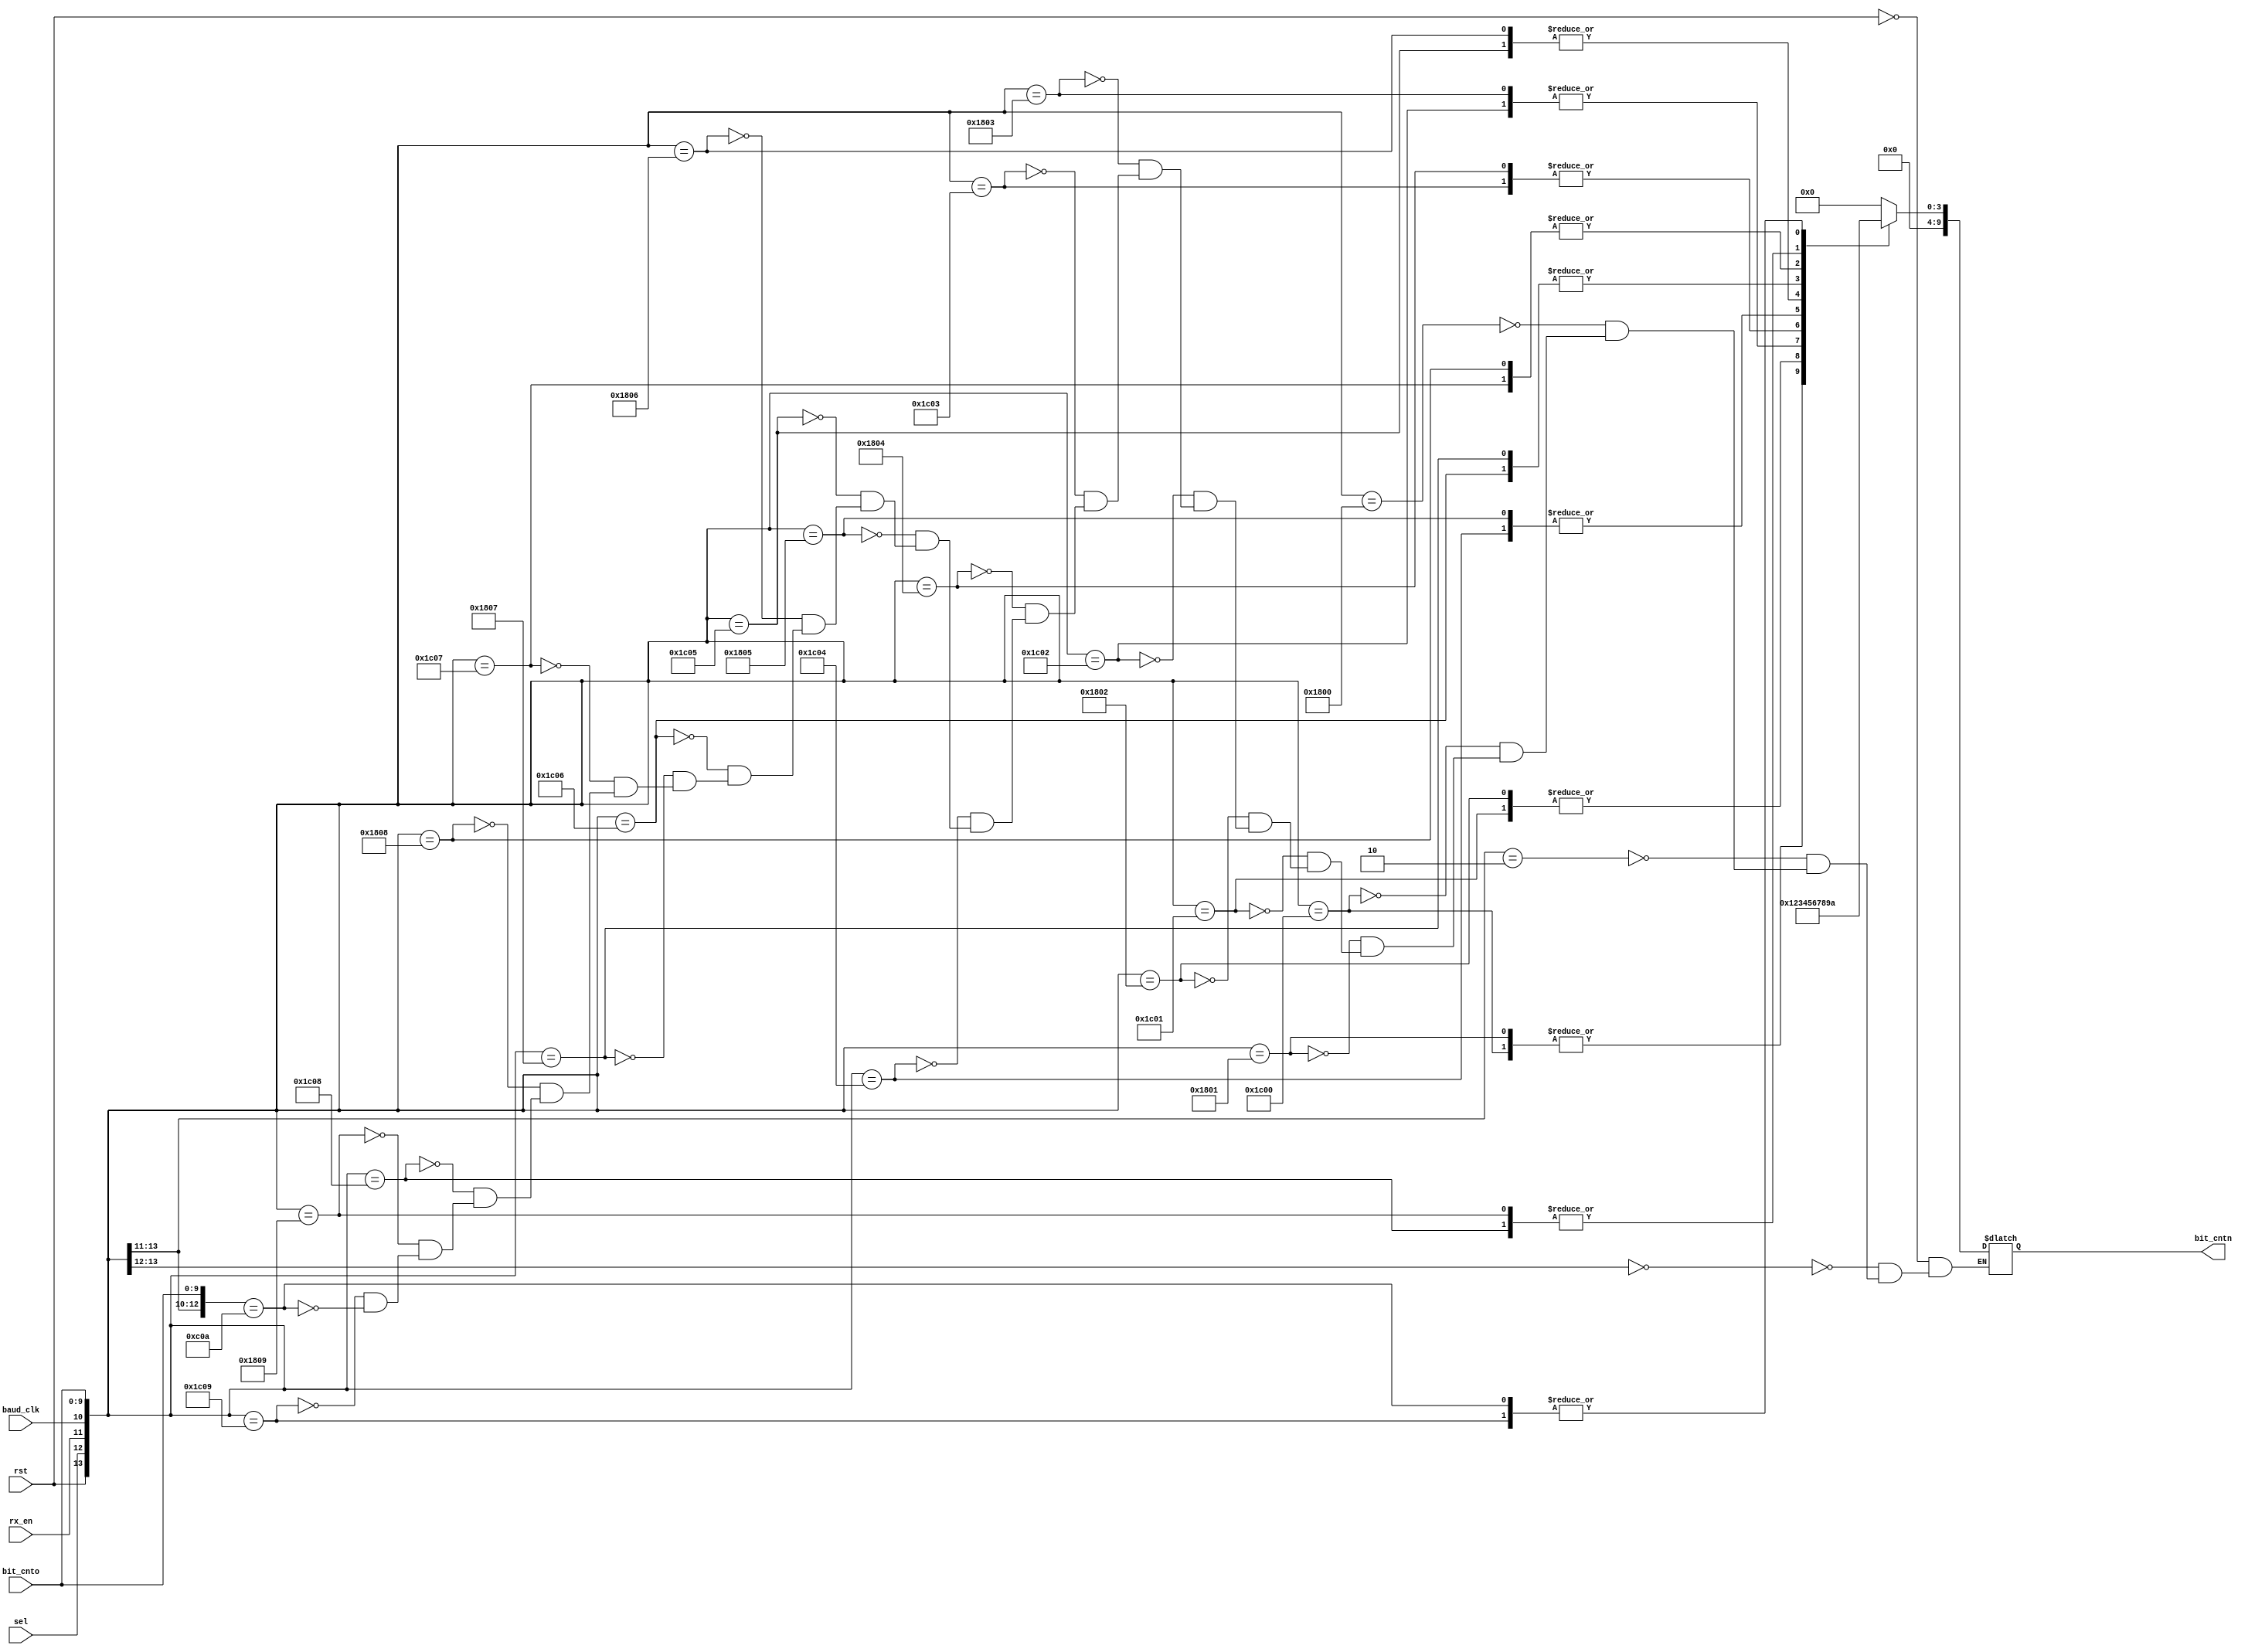
module rx_cp
(
	input wire			rst,
	input wire			sel,
	input wire			rx_en,
	input wire			baud_clk,
	input wire [9:0]  bit_cnto,
	
	output reg [9:0] bit_cntn
);

always @ *
begin

	casex ({rst, sel, rx_en, baud_clk, bit_cnto})
	
	{1'b1, 1'bx, 1'bx, 1'bx, 10'dx}: bit_cntn <= 10'd0;	// reset control
	
	{1'b0, 1'b0, 1'bx, 1'bx, 10'dx}: bit_cntn <= 10'd0;	// standby
	
	{1'b0, 1'b1, 1'b0, 1'bx, 10'dx}: bit_cntn <= 10'd0;	// idling
	
	{1'b0, 1'b1, 1'b1, 1'b0, 10'd0}: bit_cntn <= 10'd0;	// rx start bit
	{1'b0, 1'b1, 1'b1, 1'b1, 10'd0}: bit_cntn <= 10'd1;
	
	{1'b0, 1'b1, 1'b1, 1'b0, 10'd1}: bit_cntn <= 10'd1;	// rx bit 1
	{1'b0, 1'b1, 1'b1, 1'b1, 10'd1}: bit_cntn <= 10'd2;
	
	{1'b0, 1'b1, 1'b1, 1'b0, 10'd2}: bit_cntn <= 10'd2;	// rx bit 2
	{1'b0, 1'b1, 1'b1, 1'b1, 10'd2}: bit_cntn <= 10'd3;
	
	{1'b0, 1'b1, 1'b1, 1'b0, 10'd3}: bit_cntn <= 10'd3;	// rx bit 3
	{1'b0, 1'b1, 1'b1, 1'b1, 10'd3}: bit_cntn <= 10'd4;
	
	{1'b0, 1'b1, 1'b1, 1'b0, 10'd4}: bit_cntn <= 10'd4;	// rx bit 4
	{1'b0, 1'b1, 1'b1, 1'b1, 10'd4}: bit_cntn <= 10'd5;
	
	{1'b0, 1'b1, 1'b1, 1'b0, 10'd5}: bit_cntn <= 10'd5;	// rx bit 5
	{1'b0, 1'b1, 1'b1, 1'b1, 10'd5}: bit_cntn <= 10'd6;
	
	{1'b0, 1'b1, 1'b1, 1'b0, 10'd6}: bit_cntn <= 10'd6;	// rx bit 6
	{1'b0, 1'b1, 1'b1, 1'b1, 10'd6}: bit_cntn <= 10'd7;
	
	{1'b0, 1'b1, 1'b1, 1'b0, 10'd7}: bit_cntn <= 10'd7;	// rx bit 7
	{1'b0, 1'b1, 1'b1, 1'b1, 10'd7}: bit_cntn <= 10'd8;
	
	{1'b0, 1'b1, 1'b1, 1'b0, 10'd8}: bit_cntn <= 10'd8;	// rx bit 8
	{1'b0, 1'b1, 1'b1, 1'b1, 10'd8}: bit_cntn <= 10'd9;
	
	{1'b0, 1'b1, 1'b1, 1'b0, 10'd9}: bit_cntn <= 10'd9;	// rx stop bit
	{1'b0, 1'b1, 1'b1, 1'b1, 10'd9}: bit_cntn <= 10'd10;
	
	{1'b0, 1'b1, 1'b1, 1'bx, 10'd10}: bit_cntn <= 10'd10;
	
	endcase
	
end

endmodule